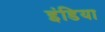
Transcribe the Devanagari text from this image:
इंडिया